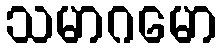
သမာဂမော